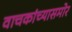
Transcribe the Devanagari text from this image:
वाचकांच्यासमोर